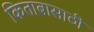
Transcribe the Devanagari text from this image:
किताबासाठी